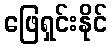
ဖြေရှင်းနိုင်